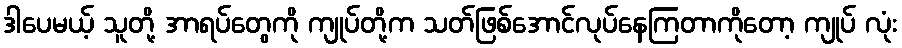
ဒါပေမယ့် သူတို့ အာရပ်တွေကို ကျုပ်တို့က သတ်ဖြစ်အောင်လုပ်နေကြတာကိုတော့ ကျုပ် လုံး